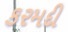
કરમદી